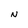
Character: N